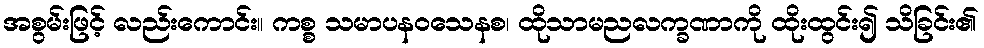
အစွမ်းဖြင့် လည်းကောင်း။ ကစ္စ သမာပနဝသေနစ၊ ထိုသာမညလက္ခဏာကို ထိုးထွင်း၍ သိခြင်း၏